Civil Veterinary Department Bihar reports 1940-50 - 1940-1950
Year: 1940
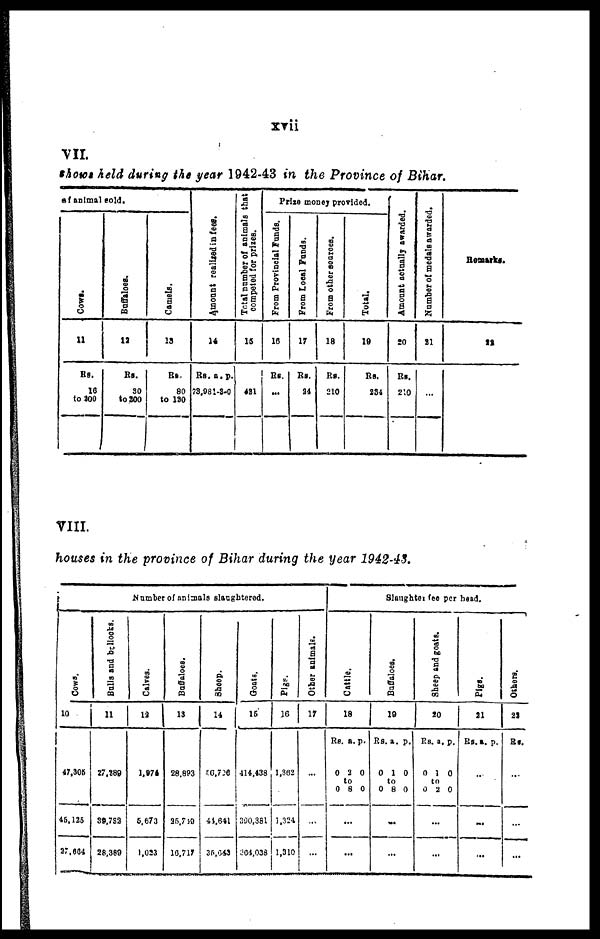
xvii
VII.
shows held during the year 1942-43 in the Province of Bihar.
of animal sold.
Cows.
11
Rs.
16
to 200
Buffaloes.
12
Rs.
30
to 200
Camels.
13
Rs.
80
to 130
Amo u n t r e a l i z e d in fees.
14
Rs. a. p.
73,981-3.0
Total number of animals that
competed for prizes.
15
421
Prize money provided.
From Provincial Funds.
16
Rs.
...
From Local Funds.
17
Rs.
24
From other sources.
18
Rs.
210
Total,
19
Rs.
234
Amo u n t actually awarded.
20
Rs.
210
Nu mb e r of medals awarded.
21
...
Remarks.
22
VIII.
houses in the province of Bihar during the year 1942-43.
Number of animals slaughtered.
Cows.
10
47,305
45,125
27,664
Bulls and bullocks.
11
27,289
39,782
28,389
Calves.
12
1,974
5,673
1,023
Buffaloes.
13
28,893
25,719
16,717
Sheep.
14
56,796
44,641
35,643
Goats.
15
414,438
390,381
364,038
Pigs.
16
1,362
1,324
1,310
Other animals.
17
...
...
...
Slaughter fee per head.
Cattle.
1.8
Rs. a. p.
0 2 0
to
0 8 0
...
...
Buffaloes,
19
Rs. a. p.
0 1 0
to
0 8 0
...
...
Sheep and goats.
20
Rs. a. p.
0 1 0
to
0 2 0
...
...
Pigs.
21
Rs. a. p.
...
...
...
Others.
22
Rs.
...
...
...